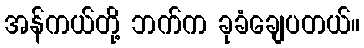
အန်ကယ်တို့ ဘက်က ခုခံချေပတယ်။